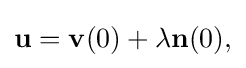
\displaystyle {\mathbf {u} =\mathbf {v} (0)+\lambda \mathbf {n} (0),}